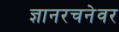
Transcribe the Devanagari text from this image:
ज्ञानरचनेवर